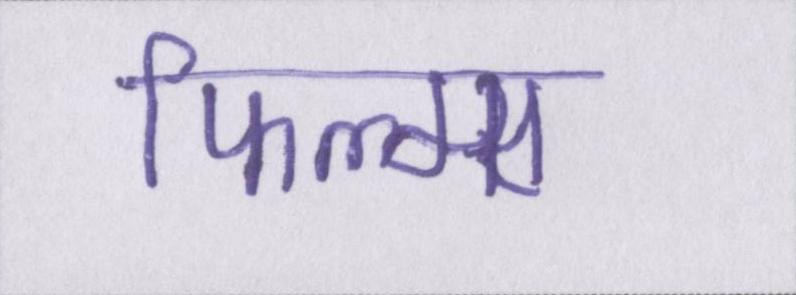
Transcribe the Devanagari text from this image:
फिल्म्स